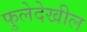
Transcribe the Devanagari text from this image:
फुलेदेखील